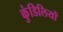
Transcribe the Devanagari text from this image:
कुंडिलियों